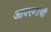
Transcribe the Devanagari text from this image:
आवरणांची